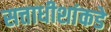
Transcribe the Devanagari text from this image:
सत्ताधीशांकडे